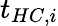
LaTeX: t_{HC,i}